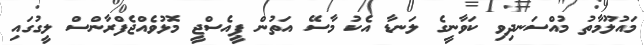
މައުލޫމާތު މުއްސަނދިވި ކަވާނީގެ ލަނޑާ އެކު މާސޭ އަތުން ޕީއެސްޖީ މޮޅުވެއްޖެފްރާންސް ލީގުގައި